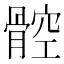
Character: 𩩝